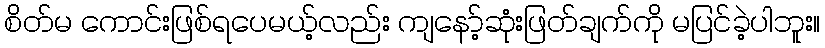
စိတ်မ ကောင်းဖြစ်ရပေမယ့်လည်း ကျနော့်ဆုံးဖြတ်ချက်ကို မပြင်ခဲ့ပါဘူး။